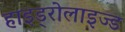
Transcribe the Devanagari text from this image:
हाइड्रोलाइज्ड